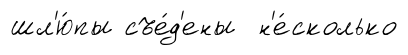
шл'ю́пы съе́д'ены н'е́сколько